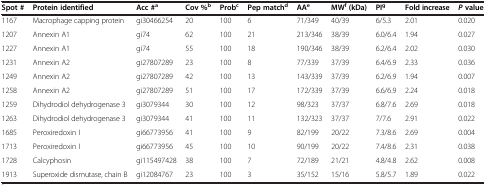
<table><thead><tr><td><b>Spot #</b></td><td><b>Protein identified</b></td><td><b>Acc #<sup>a</sup></b></td><td><b>Cov %<sup>b</sup></b></td><td><b>Prob<sup>c</sup></b></td><td><b>Pep match<sup>d</sup></b></td><td><b>AA<sup>e</sup></b></td><td><b>MW<sup>f </sup>(kDa)</b></td><td><b>PI<sup>g</sup></b></td><td><b>Fold increase</b></td><td><b><i>P </i>value</b></td></tr></thead><tbody><tr><td>1167</td><td>Macrophage capping protein</td><td>gi30466254</td><td>20</td><td>100</td><td>6</td><td>71/349</td><td>40/39</td><td>6/5.3</td><td>2.01</td><td>0.020</td></tr><tr><td>1207</td><td>Annexin A1</td><td>gi74</td><td>62</td><td>100</td><td>21</td><td>213/346</td><td>38/39</td><td>6.0/6.4</td><td>1.94</td><td>0.027</td></tr><tr><td>1227</td><td>Annexin A1</td><td>gi74</td><td>55</td><td>100</td><td>18</td><td>190/346</td><td>38/39</td><td>6.2/6.4</td><td>2.02</td><td>0.030</td></tr><tr><td>1231</td><td>Annexin A2</td><td>gi27807289</td><td>23</td><td>100</td><td>8</td><td>77/339</td><td>37/39</td><td>6.4/6.9</td><td>2.33</td><td>0.036</td></tr><tr><td>1249</td><td>Annexin A2</td><td>gi27807289</td><td>42</td><td>100</td><td>13</td><td>143/339</td><td>37/39</td><td>6.2/6.9</td><td>1.94</td><td>0.007</td></tr><tr><td>1258</td><td>Annexin A2</td><td>gi27807289</td><td>51</td><td>100</td><td>17</td><td>172/339</td><td>37/39</td><td>6.6/6.9</td><td>2.24</td><td>0.018</td></tr><tr><td>1259</td><td>Dihydrodiol dehydrogenase 3</td><td>gi3079344</td><td>30</td><td>100</td><td>12</td><td>98/323</td><td>37/37</td><td>6.8/7.6</td><td>2.69</td><td>0.018</td></tr><tr><td>1263</td><td>Dihydrodiol dehydrogenase 3</td><td>gi3079344</td><td>41</td><td>100</td><td>11</td><td>132/323</td><td>37/37</td><td>7/7.6</td><td>2.91</td><td>0.022</td></tr><tr><td>1685</td><td>Peroxiredoxin I</td><td>gi66773956</td><td>41</td><td>100</td><td>9</td><td>82/199</td><td>20/22</td><td>7.3/8.6</td><td>2.69</td><td>0.004</td></tr><tr><td>1713</td><td>Peroxiredoxin I</td><td>gi66773956</td><td>45</td><td>100</td><td>10</td><td>90/199</td><td>20/22</td><td>7.4/8.6</td><td>2.31</td><td>0.038</td></tr><tr><td>1728</td><td>Calcyphosin</td><td>gi115497428</td><td>38</td><td>100</td><td>7</td><td>72/189</td><td>21/21</td><td>4.8/4.8</td><td>2.62</td><td>0.008</td></tr><tr><td>1913</td><td>Superoxide dismutase, chain B</td><td>gi12084767</td><td>23</td><td>100</td><td>3</td><td>35/152</td><td>15/16</td><td>5.8/5.7</td><td>1.89</td><td>0.022</td></tr></tbody></table>